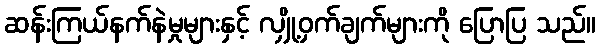
ဆန်းကြယ်နက်နဲမှုများနှင့် လျှို့ဝှက်ချက်များကို ပြောပြ သည်။